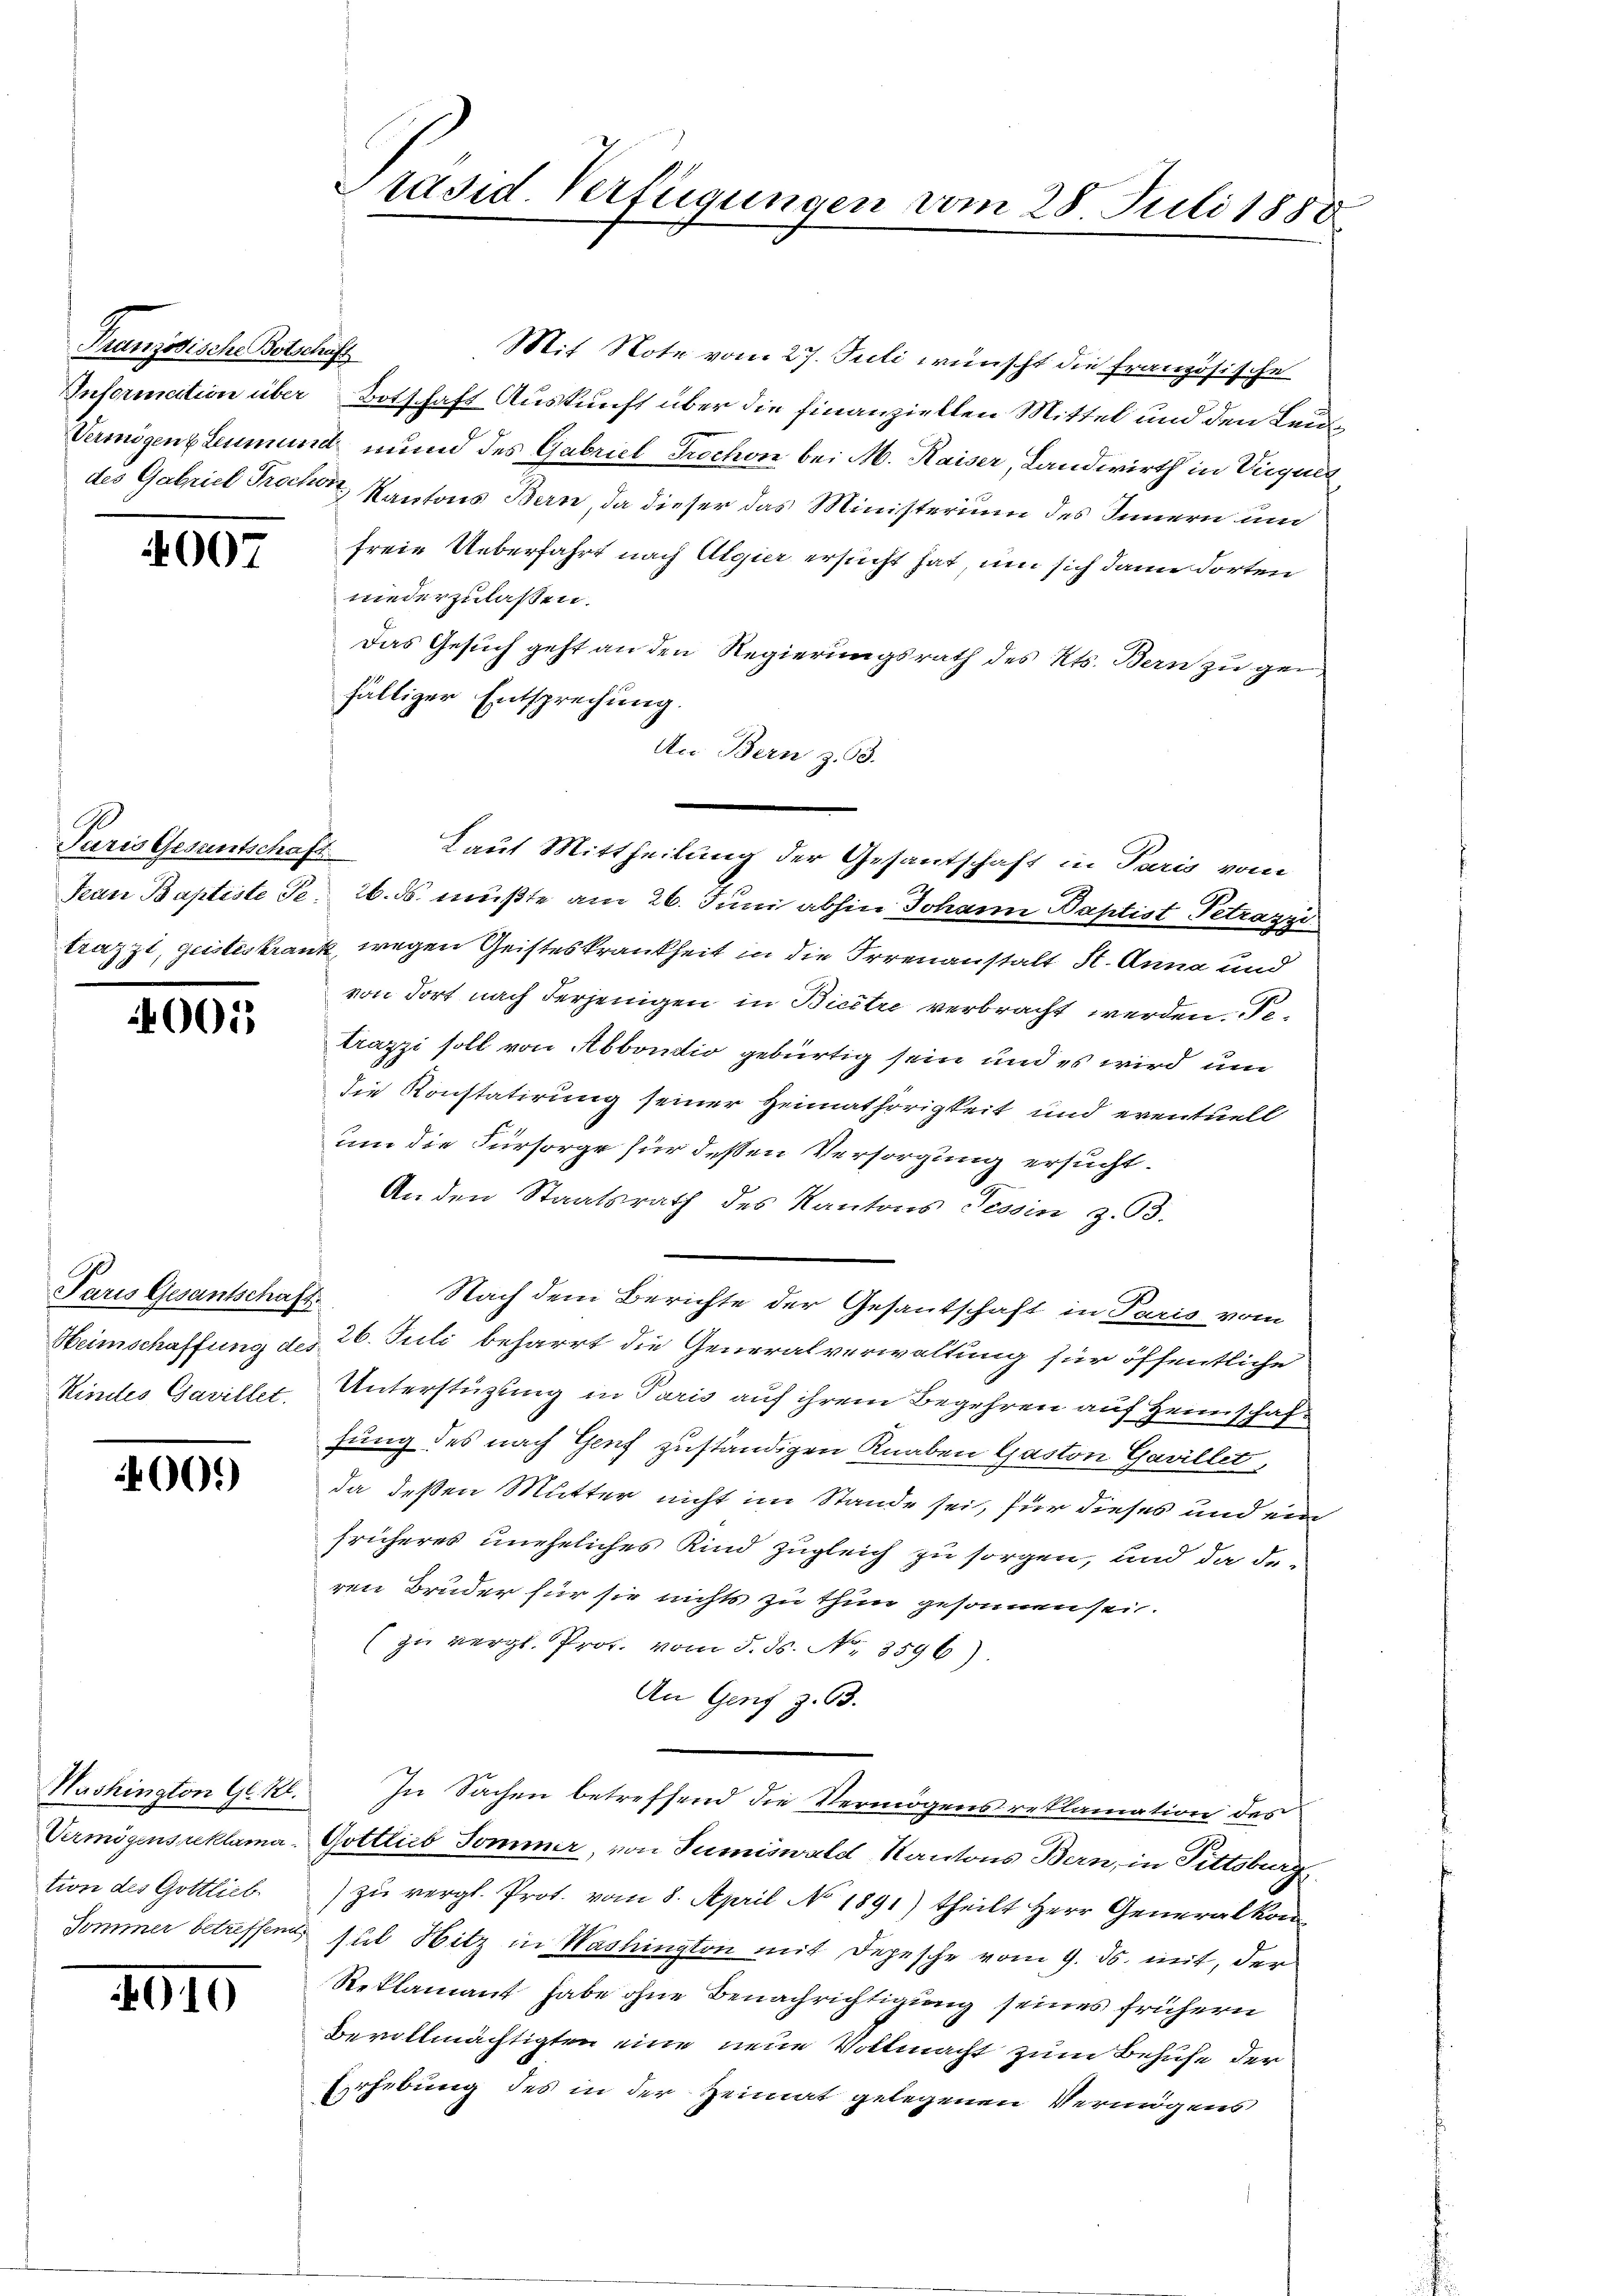
Französische Botschaft

007

Paris Gesantschaft

005

Paris Gesantschaft.
Kindes Gavillet.

00.)

Washington G. B.
Vermögensreklama
tion des Gottlieb
Sommer betreffend

4010

Präsid. Verfügungen vom 28. Juli 1888

Mit Note vom 27. Juli wünscht die französische
Information über Botschaft Auskunft über die Finanziellen Mittel und den Leu¬
Vermögen Leumund mund des Gabriel Trochon bei M. Kaiser, Landwirth in Vieques
des Gabriel Prochen Kantons Bern, da dieser das Ministerium des Innern und
freie Ueberfahrt nach Algier ersucht hat, um sich dann dorten
niederzulassen.
Das Gesuch geht an den Regierungsrath des Kts. Bern zu gefälliger Entsprechung.
An Bern z. 93.
Tean Baptiste Te 26. ds. müßte am 26. Juni abhin Johann Baptist Petrazzi
trazzi, geisteskrank, wegen Geisteskrankheit in die Irrenanstalt St. Anna und
von dort nach derjenigen in Bicitre verbracht werden. Fetrazzi soll von Abbondio gebürtig sein und es wird um
die Konstatirung seiner Heimathörigkeit und eventuell
um die Fürsorge für dessen Versorgung ersucht.
Anden Staatsrath des Kantons Tessin z. B.
Nach dem Berichte der Gesantschaft in Paris vom
Heimschaffung des 26. Juli beharrt die Generalverwaltung für öffentliche
Unterstützung in Paris auf ihrem Begehren auf Heimschaffung des nach Genf zuständigen Knaben Gaston Gavillet,
da deßen Mutter nicht im Stande sei, für dieses und ein
früheres uneheliches Kind zugleich zu sorgen, und da deren Bruder für sie nichts zu thun gesonnensein.
(zu vergl. Prof. vom 5. ds. N. 3596)
An Genf z. 93.
In Sachen betreffend die Vermögens reklamation des
Gottlieb Sommer, von Sumiswald Kantons Bern, in Fittsburg
zu vergl. Prot. vom 8. April No 1891) theilt Herr Generalkon
sul Hitz in Washington mit Depesche vom 9. ds. mit, der
Reklamant habe ohne Benachrichtigung seines frühern
Bevollmächtigten eine neue Vollmacht zum Behufe der
Erhebung des in der Heimat gelegenen Vermögens

Laut Mittheilung der Gesantschaft in Paris vom